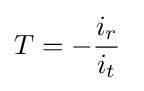
T=-{\frac {i_{r}}{i_{t}}}\